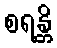
စရန္တိ